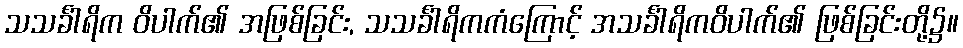
သသင်္ခါရိက ဝိပါက်၏ အဖြစ်ခြင်း, သသင်္ခါရိကကံကြောင့် အသင်္ခါရိကဝိပါက်၏ ဖြစ်ခြင်းတို့၌။